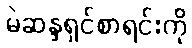
မဲဆန္ဒရှင်စာရင်းကို